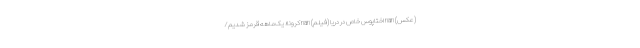
(عکس) nan اختاپوس خاص در دریا (فیلم) nan کرونا؛ یک‌ماهه قرمز شدیم/